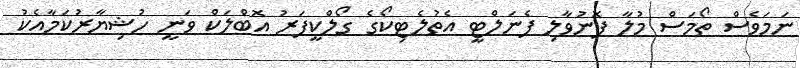
ނަމަވެސް ތޯމަސް މުލާ ފޮނުވާލި ޕެނަލްޓީ އެތުލެޓިކޯގެ ގޯލްކީޕަރު އޮބްލަކް ވަނީ ހުޝިޔާރުކަމާއެކު